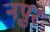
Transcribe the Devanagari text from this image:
नृपुर